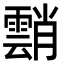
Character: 䨭